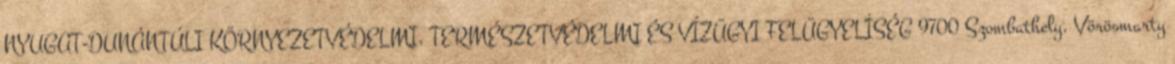
NYUGAT-DUNÁNTÚLI KÖRNYEZETVÉDELMI, TERMÉSZETVÉDELMI ÉS VÍZÜGYI FELÜGYELİSÉG 9700 Szombathely, Vörösmarty